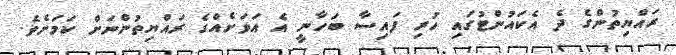
ރައްޔިތުންގެ ދެ އެކައުންޓުގައި ހުރި ފައިސާ ބަހާނީ އެ އަވަށެއްގެ ރައްޔިތުންނަށް ކަމަށެވެ.